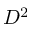
D ^ { 2 }